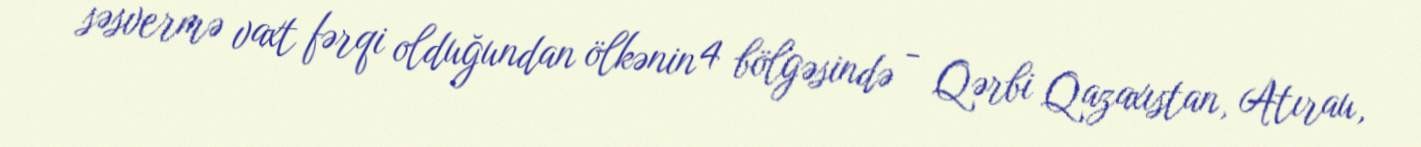
səsvermə vaxt fərqi olduğundan ölkənin 4 bölgəsində - Qərbi Qazaxıstan, Atırau,